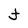
Character: J